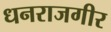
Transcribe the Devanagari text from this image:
धनराजगीर